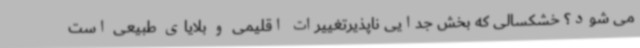
می شود؟ خشکسالی که بخش جدایی ناپذیرتغییرات اقلیمی و بلایای طبیعی است